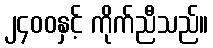
၂၄၀၀နှင့် ကိုက်ညီသည်။